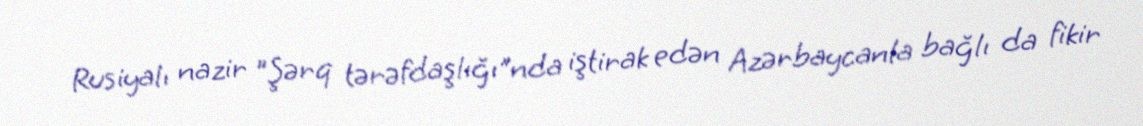
Rusiyalı nazir "Şərq tərəfdaşlığı"nda iştirak edən Azərbaycanla bağlı da fikir